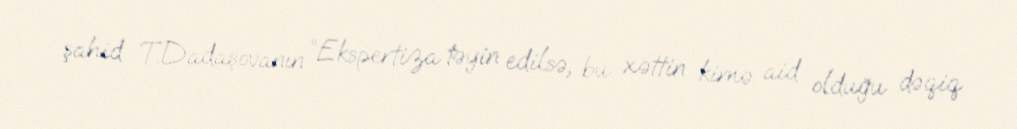
şahid T.Dadaşovanın “Ekspertiza təyin edilsə, bu xəttin kimə aid olduğu dəqiq